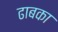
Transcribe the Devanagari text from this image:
ढाबका